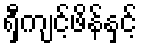
ရှီကျင့်ဖိန်နှင့်